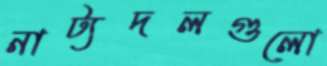
নাট্যদলগুলো